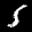
Label: 5